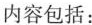
内容包括：